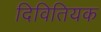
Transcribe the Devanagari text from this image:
दिवितियक